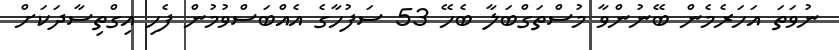
ނުވަތަ އަހަރެމެން ބޭނުންވާ މުސްތަގްބަލާ ބެހޭ 53 ސަފުހާގެ އެއްބަސްވުމުން ފެހި އިގްތިސާދަކަށް